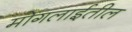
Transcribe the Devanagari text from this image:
मोगलाईतील